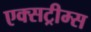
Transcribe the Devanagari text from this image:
एक्सट्रीम्स